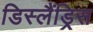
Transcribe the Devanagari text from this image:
डिस्लैंड्रिस